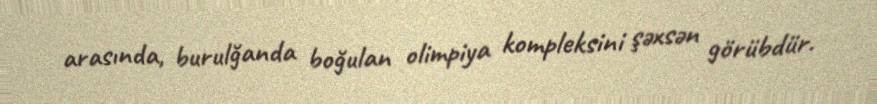
arasında, burulğanda boğulan olimpiya kompleksini şəxsən görübdür.